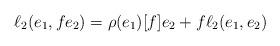
LaTeX: \begin{align*} \ell_2(e_1, f e_2) =\rho(e_1)[f]e_2 + f\ell_2(e_1, e_2) \end{align*}